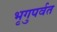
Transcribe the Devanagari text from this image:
भृगुपर्वत